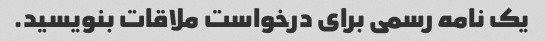
یک نامه رسمی برای درخواست ملاقات بنویسید.